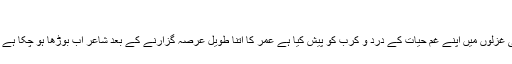
۸۸)
قیوم کنول ؔ نے اپنی غزلوں میں اپنے غمِ حیات کے درد و کرب کو پیش کیا ہے عمر کا اتنا طویل عرصہ گزارنے کے بعد شاعر اب بوڑھا ہو چکا ہے جیسے قیوم کنولؔ ۔